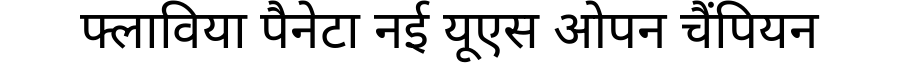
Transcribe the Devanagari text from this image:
फ्लाविया पैनेटा नई यूएस ओपन चैंपियन